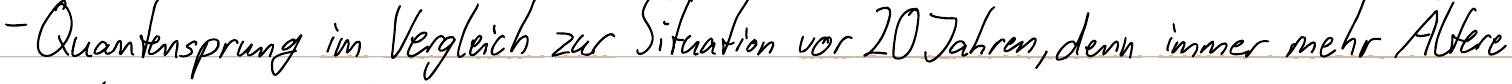
- Quantensprung im Vergleich zur Situation vor 20 Jahren, denn immer mehr Ältere